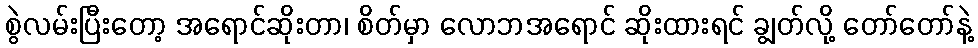
စွဲလမ်းပြီးတော့ အရောင်ဆိုးတာ၊ စိတ်မှာ လောဘအရောင် ဆိုးထားရင် ချွတ်လို့ တော်တော်နဲ့